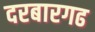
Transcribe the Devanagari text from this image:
दरबारगढ